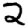
Digit: 2